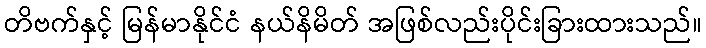
တိဗက်နှင့် မြန်မာနိုင်ငံ နယ်နိမိတ် အဖြစ်လည်းပိုင်းခြားထားသည်။